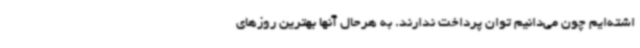
اشته‌ایم چون می‌دانیم توان پرداخت ندارند. به هرحال آنها بهترین روزهای